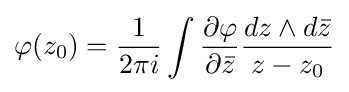
\varphi (z_{0})={1 \over 2\pi i}\int {\frac {\partial \varphi }{\partial {\bar {z}}}}{\frac {dz\wedge d{\bar {z}}}{z-z_{0}}}